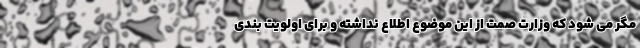
مگر می شود که وزارت صمت از این موضوع اطلاع نداشته و برای اولویت بندی